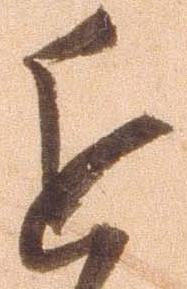
近